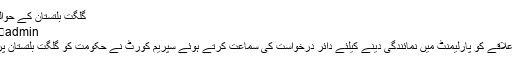
گلگت بلتستان کے حوالے سے سپریم کورٹ کاروئی - Biyak Times
admin	 دسمبر 4, 2018 دسمبر 5, 2018 0 تبصرے
گلگت بلتستان کے شہریوں کے بنیادی حقوق اور علاقے کو پارلیمنٹ میں نمائندگی دینے کیلئے دائر درخواست کی سماعت کرتے ہوئے سپریم کورٹ نے حکومت کو گلگت بلتستان پر تیار کردہ ڈرافٹ پیش کرنے کی ہدایت کی ہے ۔